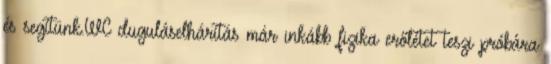
és segítünk.WC duguláselhárítás már inkább fizika erőlétet teszi próbára